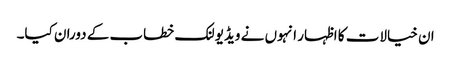
ان خیالات کا اظہار انہوں نے ویڈیو لنک خطاب کے دوران کیا۔